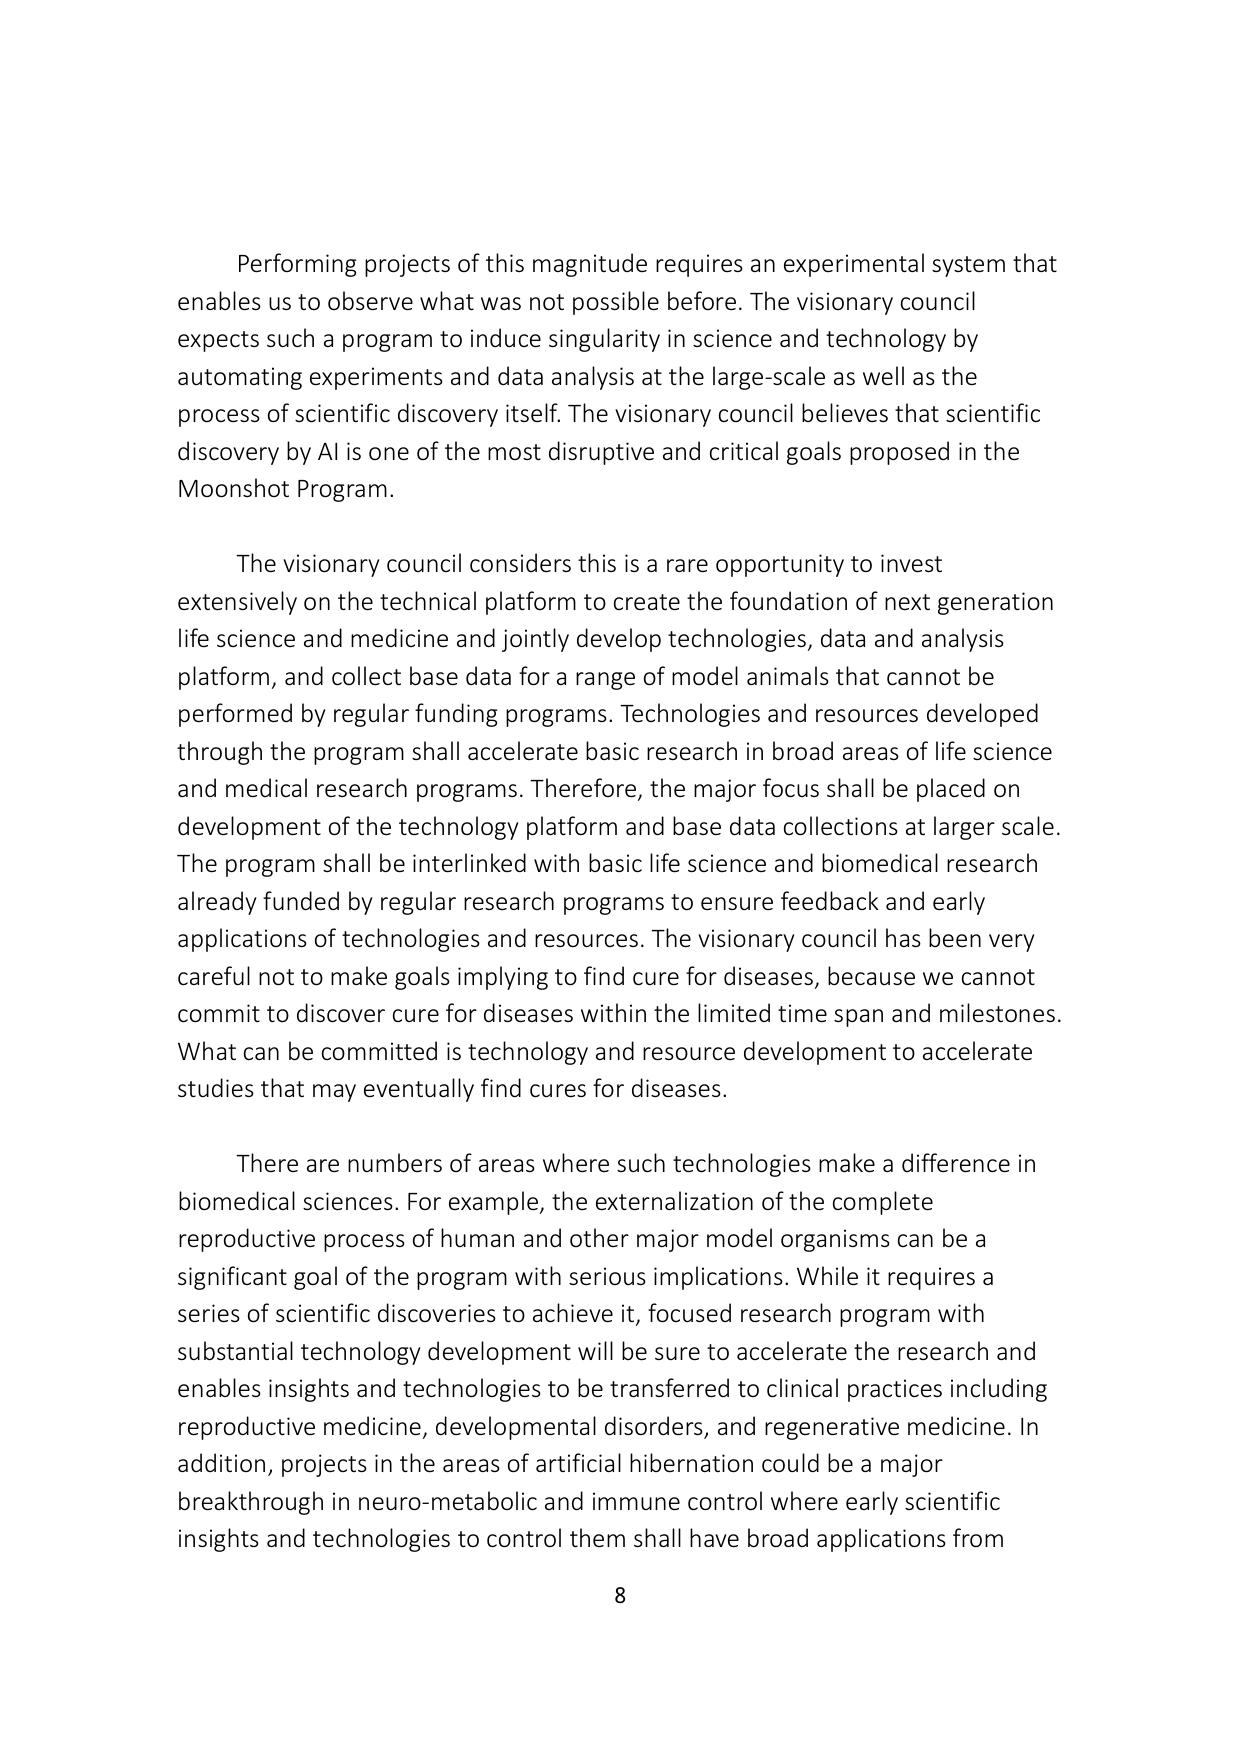
Performing projects of this magnitude requires an experimental system that enables us to observe what was not possible before. The visionary council expects such a program to induce singularity in science and technology by automating experiments and data analysis at the large-scale as well as the process of scientific discovery itself. The visionary council believes that scientific discovery by AI is one of the most disruptive and critical goals proposed in the Moonshot Program.

The visionary council considers this is a rare opportunity to invest extensively on the technical platform to create the foundation of next generation life science and medicine and jointly develop technologies, data and analysis platform, and collect base data for a range of model animals that cannot be performed by regular funding programs. Technologies and resources developed through the program shall accelerate basic research in broad areas of life science and medical research programs. Therefore, the major focus shall be placed on development of the technology platform and base data collections at larger scale. The program shall be interlinked with basic life science and biomedical research already funded by regular research programs to ensure feedback and early applications of technologies and resources. The visionary council has been very careful not to make goals implying to find cure for diseases, because we cannot commit to discover cure for diseases within the limited time span and milestones. What can be committed is technology and resource development to accelerate studies that may eventually find cures for diseases.

There are numbers of areas where such technologies make a difference in biomedical sciences. For example, the externalization of the complete reproductive process of human and other major model organisms can be a significant goal of the program with serious implications. While it requires a series of scientific discoveries to achieve it, focused research program with substantial technology development will be sure to accelerate the research and enables insights and technologies to be transferred to clinical practices including reproductive medicine, developmental disorders, and regenerative medicine. In addition, projects in the areas of artificial hibernation could be a major breakthrough in neuro-metabolic and immune control where early scientific insights and technologies to control them shall have broad applications from

8